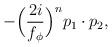
LaTeX: \begin{align*}-\Big(\frac{2i}{f_\phi}\Big)^n p_1\cdot p_2,\end{align*}